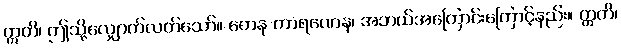
ဣတိ၊ ဤသို့လျှောက်လတ်သော်။ ကေန ကာရဏေန၊ အဘယ်အကြောင်းကြောင့်နည်း။ ဣတိ၊